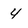
Character: 4